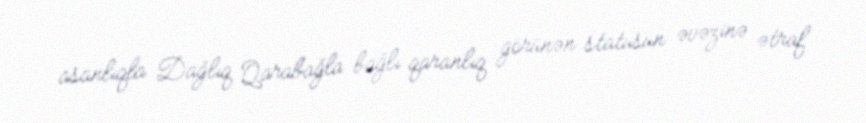
asanlıqla Dağlıq Qarabağla bağlı qaranlıq görünən statusun əvəzinə ətraf